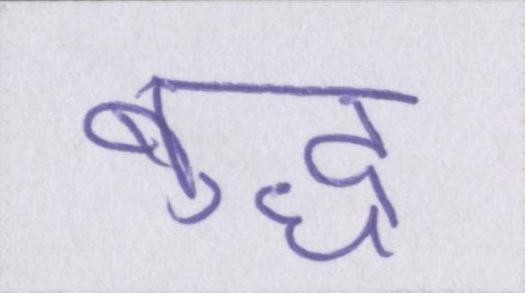
बुद्ध